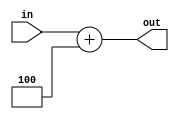
module incrementer #(parameter WORD_LEN=32)(
    in, 
    out
    );
    input [WORD_LEN - 1:0] in;
    output [WORD_LEN - 1:0] out;

    assign out = in + 4;
endmodule